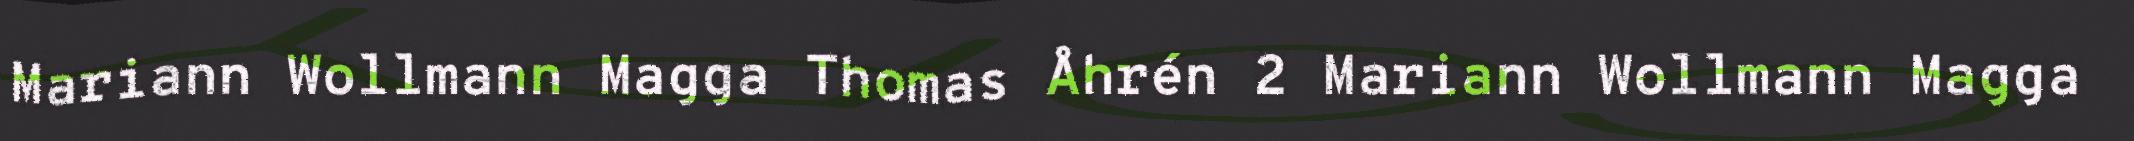
Mariann Wollmann Magga Thomas Åhrén 2 Mariann Wollmann Magga